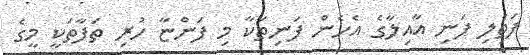
ފަތެލި ފަނި އާއިލާގެ އެހެން ފަނިތަކާ މި ފަންޏާ ހުރި ތަފާތަކީ މީގެ